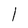
Character: l